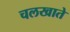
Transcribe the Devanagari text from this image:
चलखाते